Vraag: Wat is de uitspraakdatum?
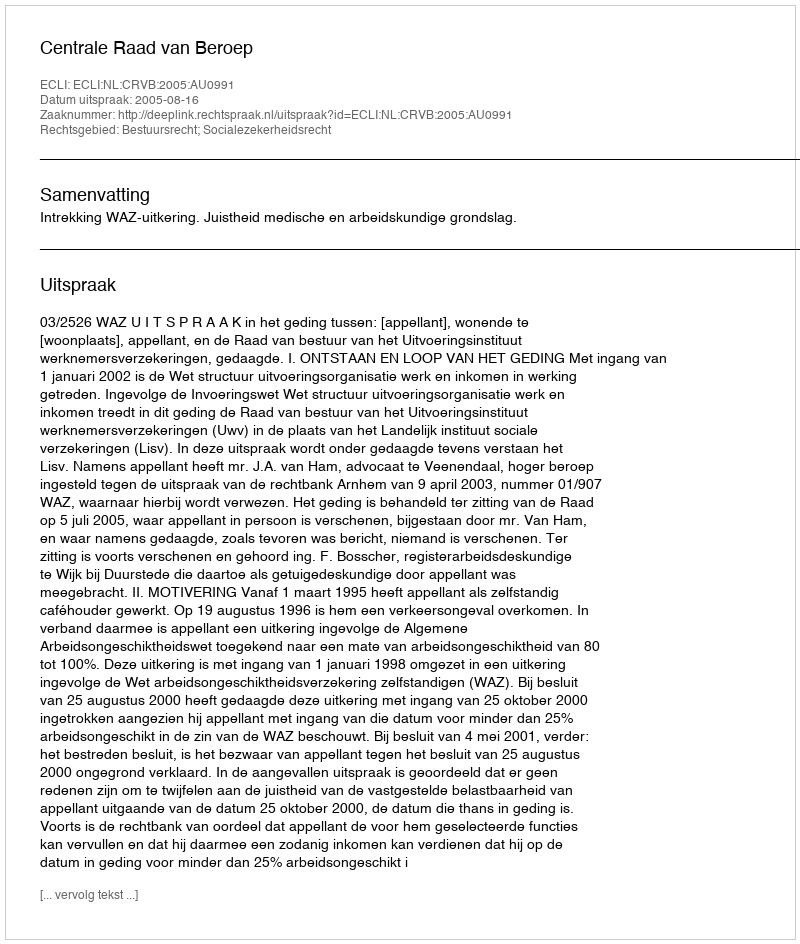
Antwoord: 2005-08-16